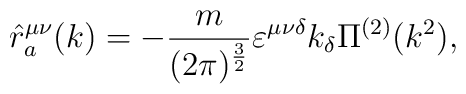
\hat{r}^{\mu\nu}_a(k) = -\frac{m}{(2\pi)^{\frac{3}{2}}} \varepsilon^{\mu\nu\delta}k_{\delta}\Pi^{(2)}(k^2),